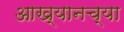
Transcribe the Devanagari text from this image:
आख्यानच्या